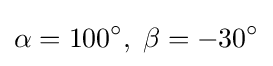
\alpha =100^{\circ },\;\beta =-30^{\circ }